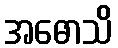
အဓောသိ